Report on the working of the mental hospitals for Indians in Bihar and Orissa - 1925-1929
Year: 1925
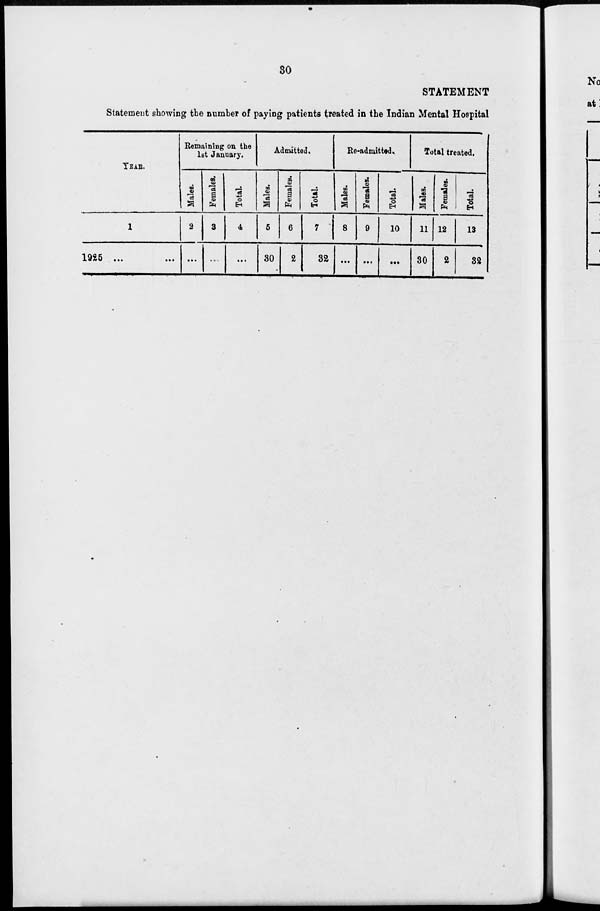
30
STATEMENT
Statement showing the number of paying patients treated in the Indian Mental Hospital.
YEAR.
1
1925 ... ...
Remaining on the
1st January.
Males.
2
...
Females.
3
...
Total.
4
...
Admitted.
Males.
5
30
Females.
6
2
Total.
7
32
Re-admitted.
Males.
8
...
Females.
9
...
Total.
10
...
Total treated.
Males.
11
30
Females.
12
2
Total.
13
32